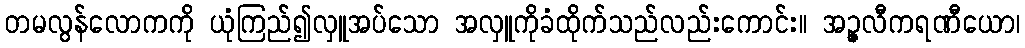
တမလွန်လောကကို ယုံကြည်၍လှူအပ်သော အလှူကိုခံထိုက်သည်လည်းကောင်း။ အဉ္ဇလီကရဏီယော၊